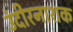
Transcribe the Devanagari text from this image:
उंदीरनाशक